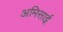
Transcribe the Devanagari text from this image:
अमिसाई